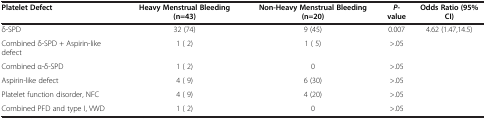
<table><thead><tr><td><b>Platelet Defect</b></td><td><b>Heavy Menstrual Bleeding (n=43)</b></td><td><b>Non-Heavy Menstrual Bleeding (n=20)</b></td><td><b><i>P</i>-value</b></td><td><b>Odds Ratio (95% CI)</b></td></tr></thead><tbody><tr><td>δ-SPD</td><td>32 (74)</td><td>9 (45)</td><td>0.007</td><td>4.62 (1.47,14.5)</td></tr><tr><td>Combined δ-SPD + Aspirin-like defect</td><td>1 ( 2)</td><td>1 ( 5)</td><td>&gt;.05</td><td> </td></tr><tr><td>Combined α-δ-SPD</td><td>1 ( 2)</td><td>0</td><td>&gt;.05</td><td> </td></tr><tr><td>Aspirin-like defect</td><td>4 ( 9)</td><td>6 (30)</td><td>&gt;.05</td><td> </td></tr><tr><td>Platelet function disorder, NFC</td><td>4 ( 9)</td><td>4 (20)</td><td>&gt;.05</td><td> </td></tr><tr><td>Combined PFD and type I, VWD</td><td>1 ( 2)</td><td>0</td><td>&gt;.05</td><td> </td></tr></tbody></table>